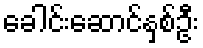
ခေါင်းဆောင်နှစ်ဦး